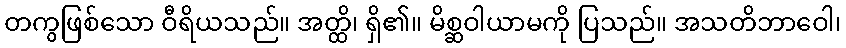
တကွဖြစ်သော ဝီရိယသည်။ အတ္ထိ၊ ရှိ၏။ မိစ္ဆဝါယာမကို ပြသည်။ အသတိဘာဝေါ၊